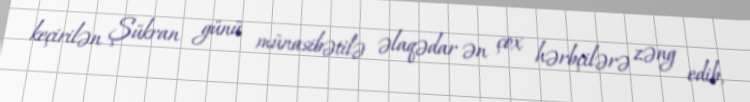
keçirilən Şükran günü münasibətilə əlaqədar ən çox hərbçilərə zəng edib,